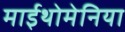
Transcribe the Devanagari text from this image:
माईथोमेनिया